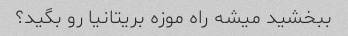
ببخشید میشه راه موزه بریتانیا رو بگید؟